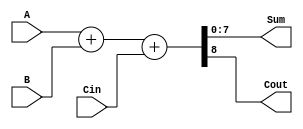
module Full_Adder_Verilog (
    input 			Cin,
    input 	[7:0] A,
    input 	[7:0] B,
    output 	[7:0] Sum,
    output 			Cout
);
	
	reg	[8:0] Temp;
	always @(Cin, A, B)
	begin
		Temp <= A + B + Cin;
	end
	assign Sum  = Temp[7:0];
	assign Cout = Temp[8];

endmodule